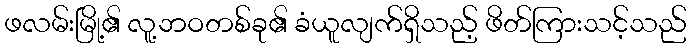
ဖလမ်းမြို့၏ လူ့ဘဝတစ်ခု၏ ခံယူလျက်ရှိသည့် ဖိတ်ကြားသင့်သည်